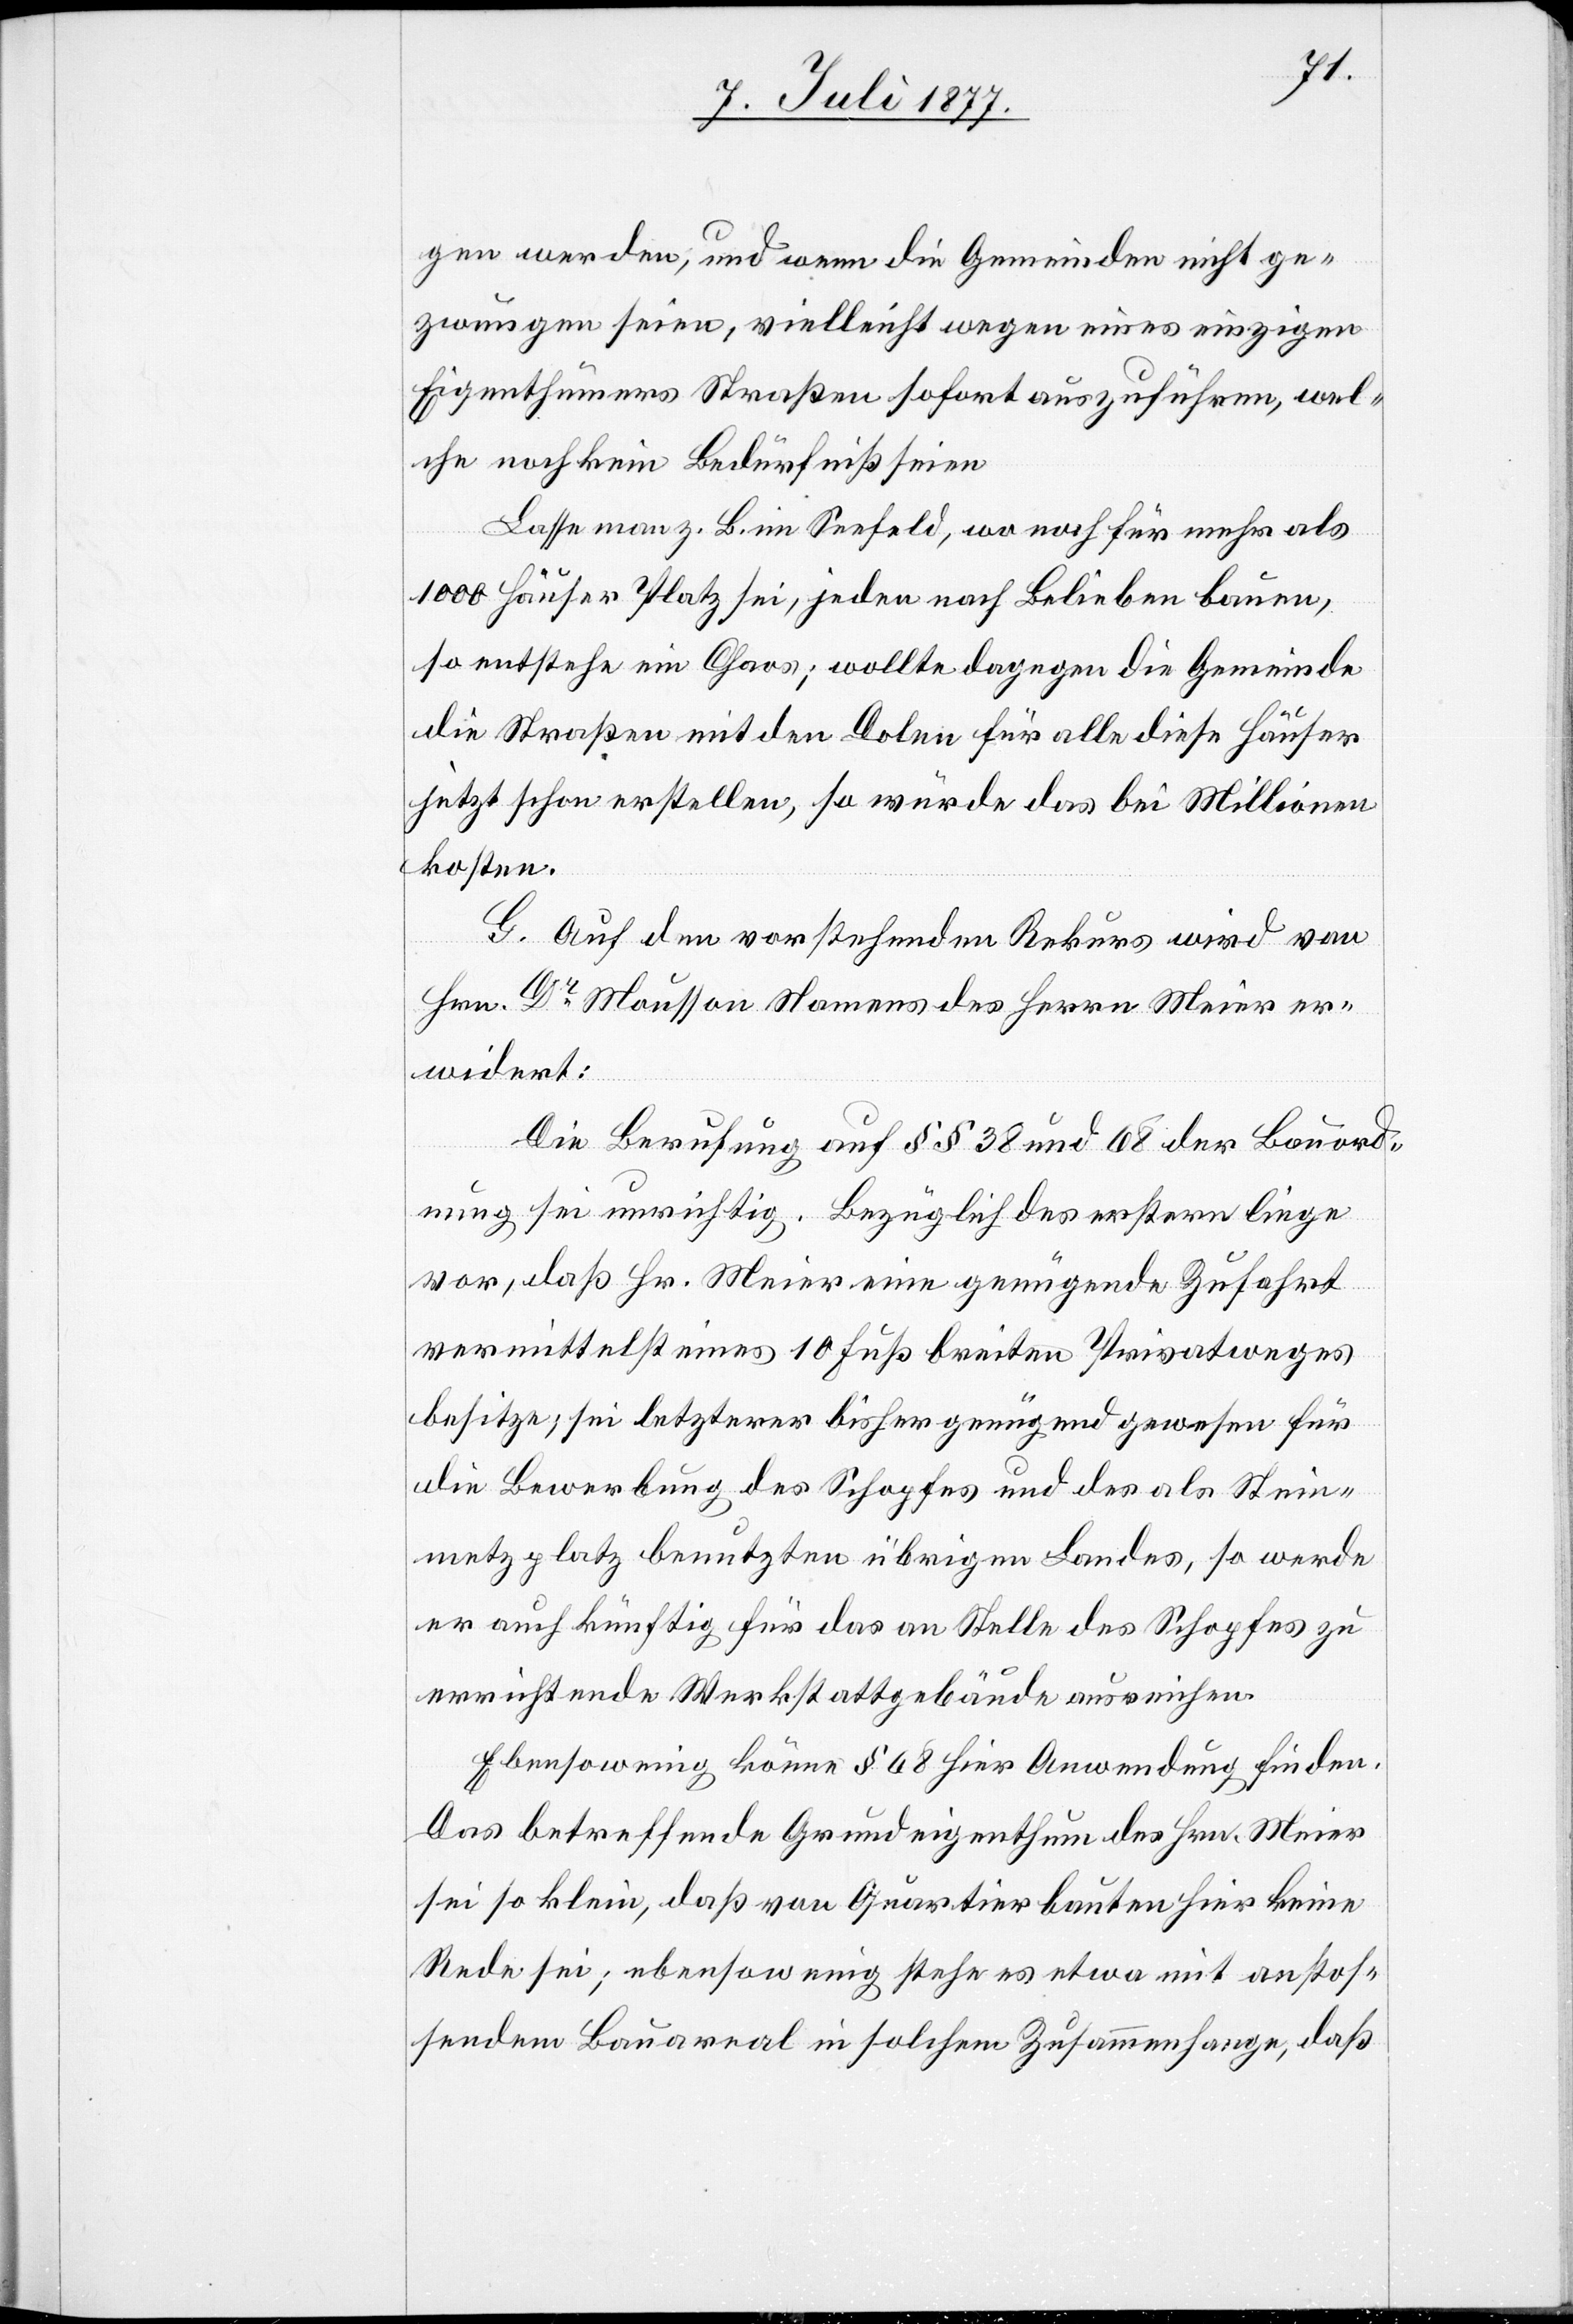
gen werden, und wenn die Gemeinden nicht ge¬
zwungen seien, vielleicht wegen eines einzigen
Eigenthümers Straßen sofort auszuführen, wel¬
che noch kein Bedürfniß seien
Lasse man z. B. im Seefeld, wo noch für mehr als
1000 Häuser Platz sei, jeden nach Belieben bauen,
so entstehe ein Chaos; wollte dagegen die Gemeinde
die Straßen mit den Dolen für alle diese Häuser
jetzt schon erstellen, so würde das bei Millionen
kosten.
G. Auf den vorstehenden Rekurs wird von
Hrn. Dr Mousson Namens des Herrn Meier er¬
widert:
Die Berufung auf §§ 38 und 68 der Bauord¬
nung sei unrichtig. Bezüglich des erstern liege
vor, daß Hr. Meier eine genügende Zufahrt
vermittelst eines 10 Fuß breiten Privatweges
besitze; sei letzterer bisher genügend gewesen für
die Bewerbung des Schopfes und des als Stein¬
metzplatz benutzten übrigen Landes, so werde
er auch künftig für das an Stelle des Schopfes zu
errichtende Werkstattgebäude ausreichen.
Ebensowenig könne § 68 hier Anwendung finden.
Das betreffende Grundeigenthum des Hrn. Meier
sei so klein, daß von Quartierbauten hier keine
Rede sei; ebensowenig stehe es etwa mit anstos¬
sendem Bauareal in solchem Zusammenhange, daß